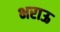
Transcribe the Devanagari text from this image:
भराऊ